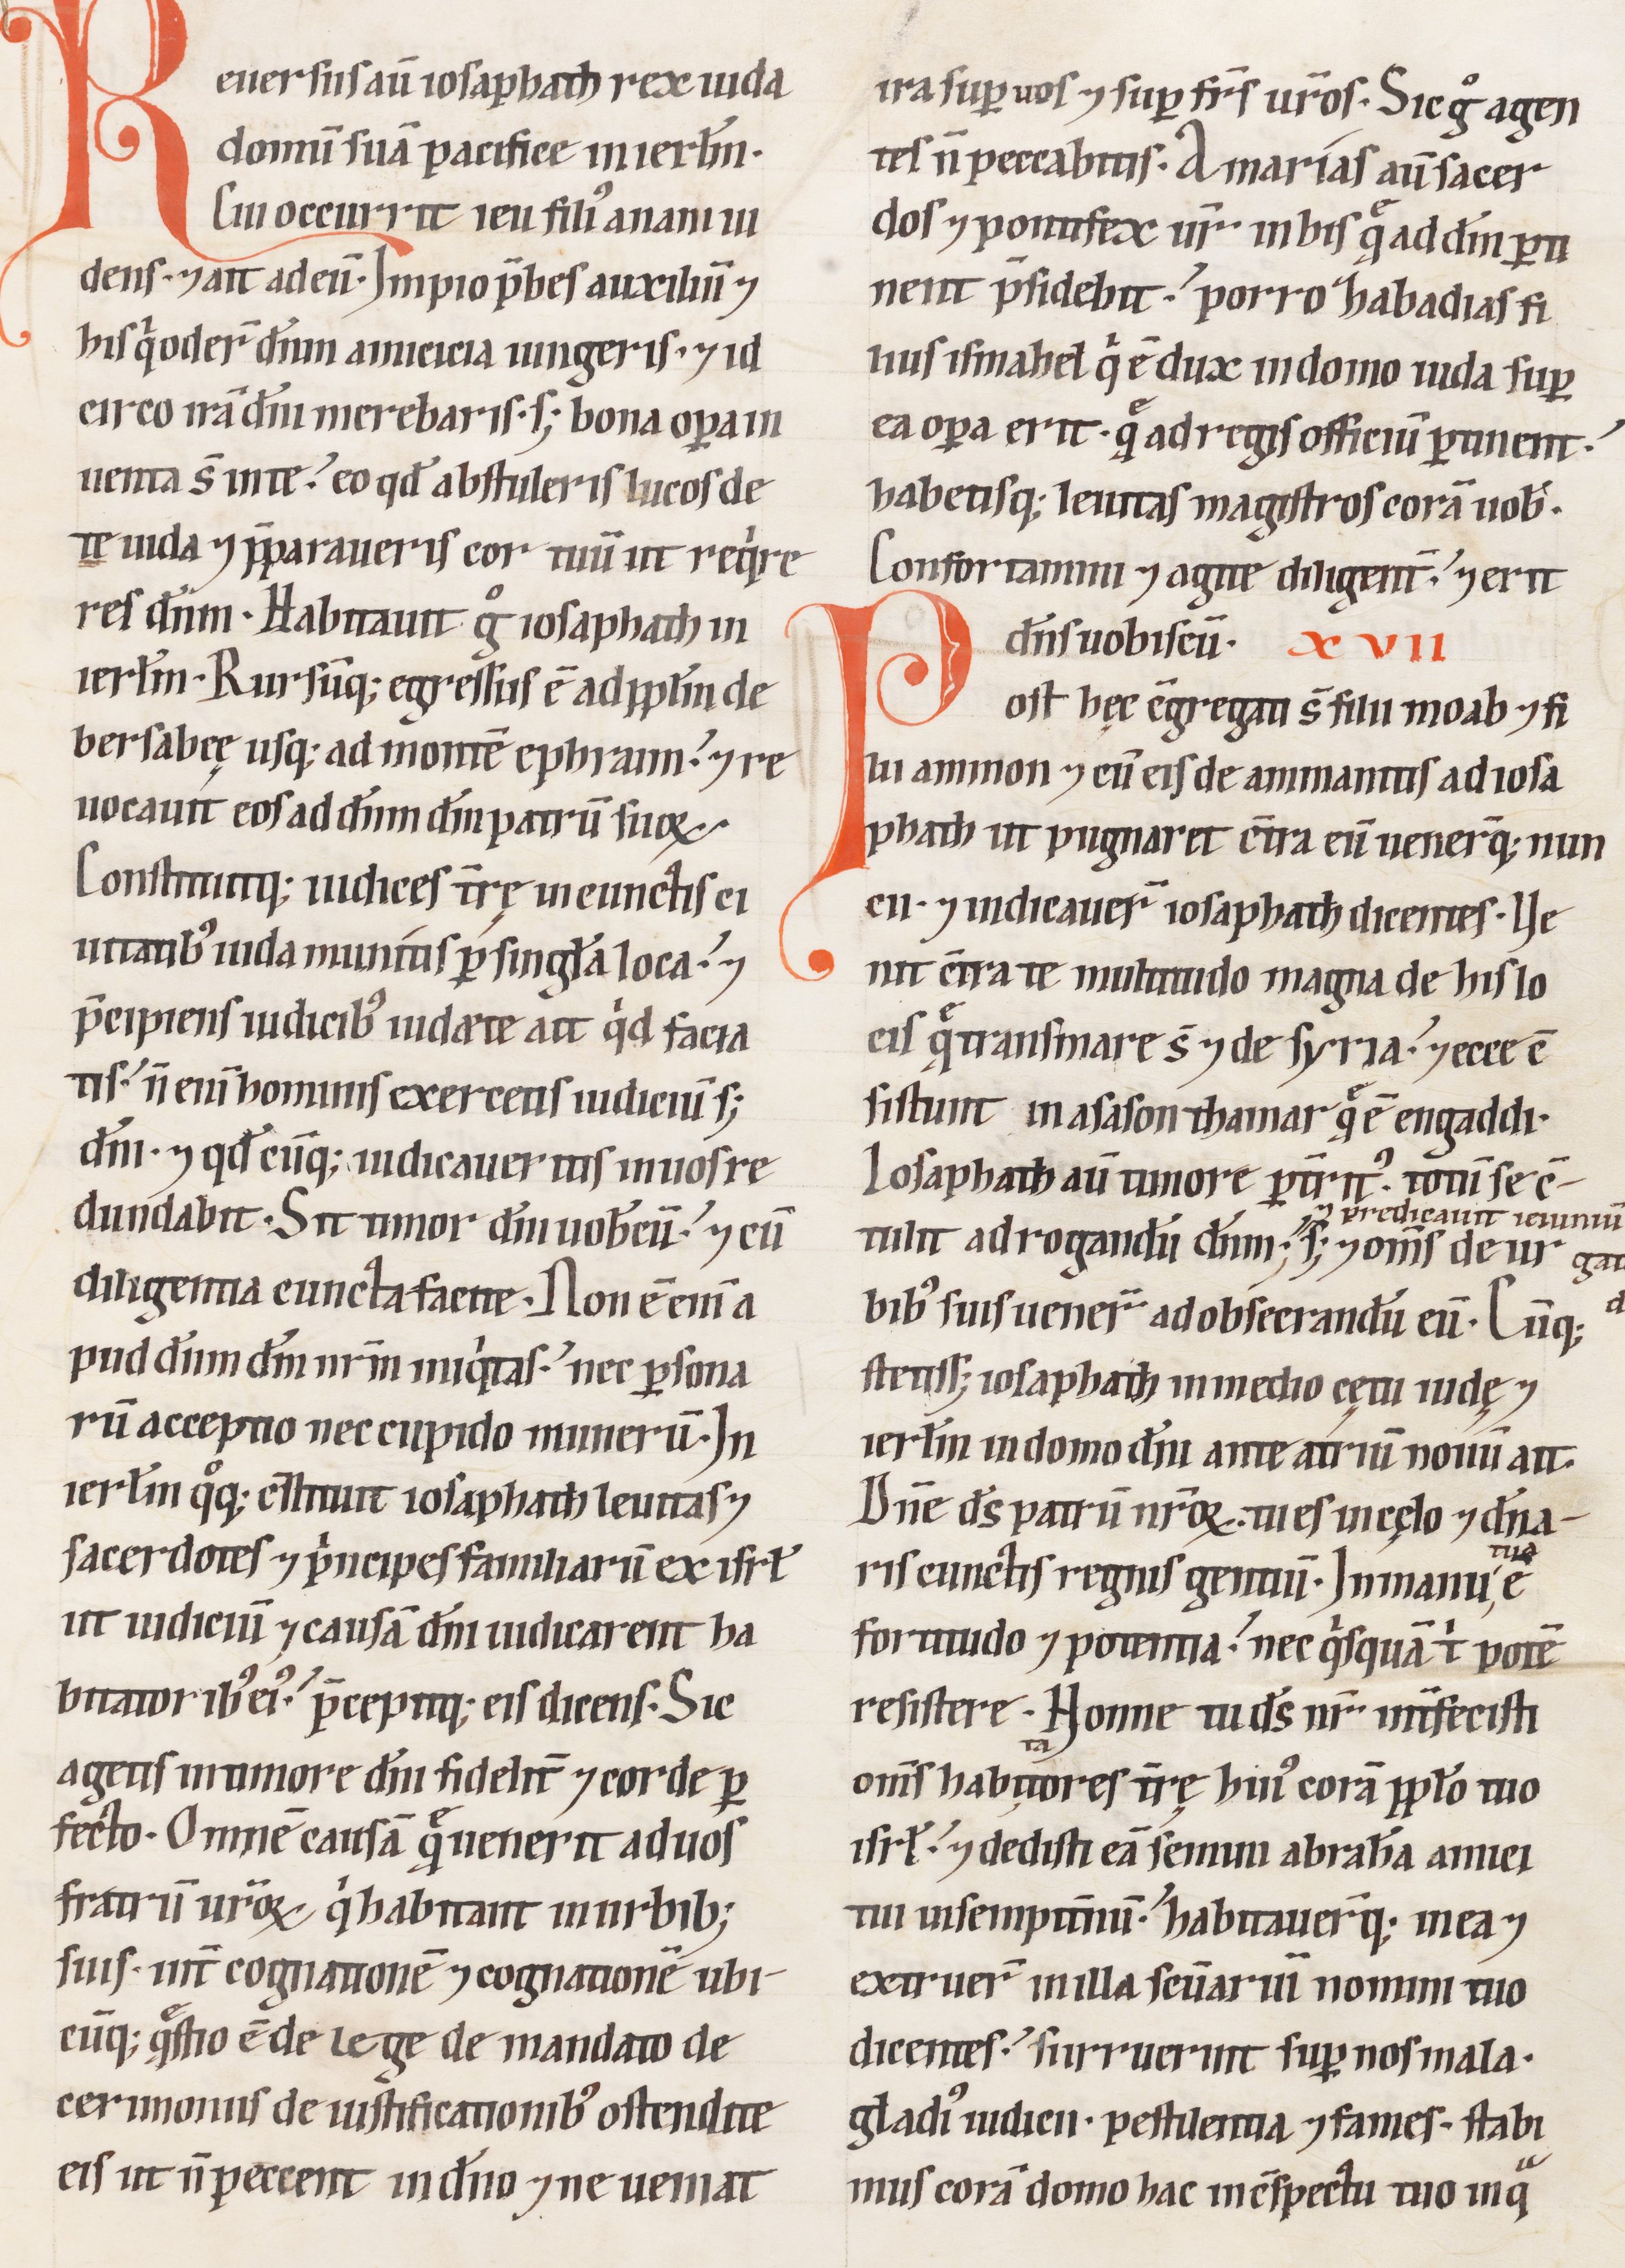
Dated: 1100–1199